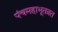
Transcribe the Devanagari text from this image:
पंचमहाभूतव्रत